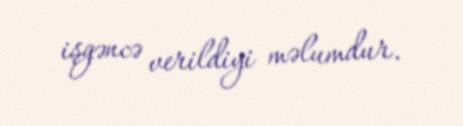
işgəncə verildiyi məlumdur.